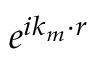
{ \ e } ^ { i { \boldsymbol { k } } _ { m } \cdot \boldsymbol { r } }